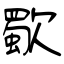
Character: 歜